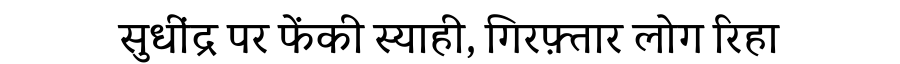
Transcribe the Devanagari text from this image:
सुधींद्र पर फेंकी स्याही, गिरफ़्तार लोग रिहा